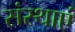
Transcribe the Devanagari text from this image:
संस्थाएं